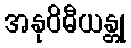
အနုဝိဓီယန္တု